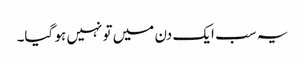
یہ سب ایک دن میں تو نہیں ہو گیا۔